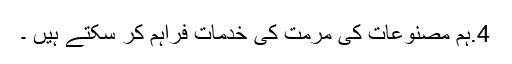
4.ہم مصنوعات کی مرمت کی خدمات فراہم کر سکتے ہیں ۔